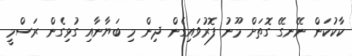
ކާކުކަން ނޭނގޭ ގޮތަށް މޫނު ފޮރުވައިގެން ދިން މި ބަޔާނާއި ގުޅިގެން ރަސްމީ